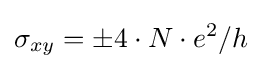
\sigma _{xy}=\pm {4\cdot N\cdot e^{2}}/h